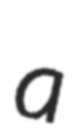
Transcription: a